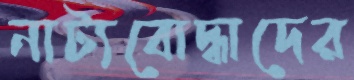
নাট্যবোদ্ধাদের